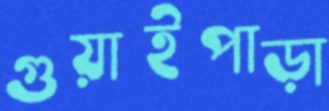
গুয়াইপাড়া